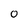
Character: O